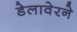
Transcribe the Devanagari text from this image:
डेलावेरने